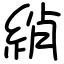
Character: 綃